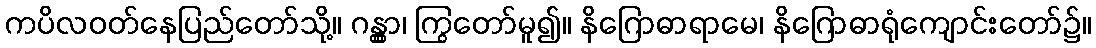
ကပိလဝတ်နေပြည်တော်သို့။ ဂန္တွာ၊ ကြွတော်မူ၍။ နိဂြောဓာရာမေ၊ နိဂြောဓာရုံကျောင်းတော်၌။